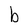
Character: b